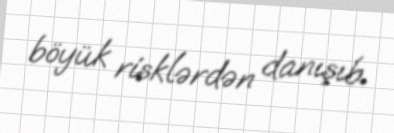
böyük risklərdən danışıb.